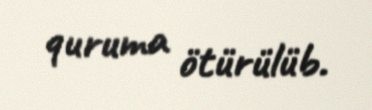
quruma ötürülüb.